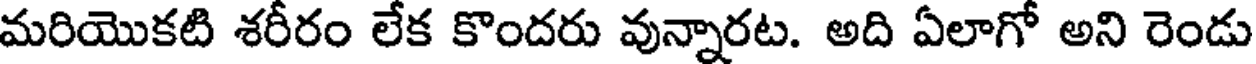
మరియొకటి శరీరం లేక కొందరు వున్నారట. అది ఏలాగో అని రెండు